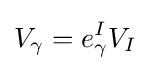
V_{\gamma }=e_{\gamma }^{I}V_{I}